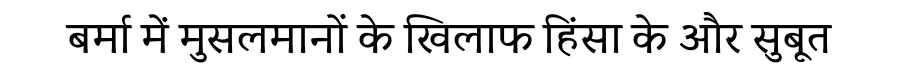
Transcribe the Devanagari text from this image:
बर्मा में मुसलमानों के खिलाफ हिंसा के और सुबूत